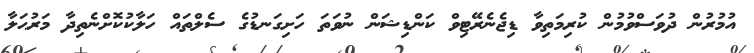
އުމުރުން ދުވަސްވުމުން ކުރިމަތިވާ ޑިޖެނެރޭޓިވް ކަންޑިޝަން ނުވަތަ ހަށިގަނޑުގެ ސެލްތައް ހަލާކުކޮށްނެތިދާ މަރުޙަލާ